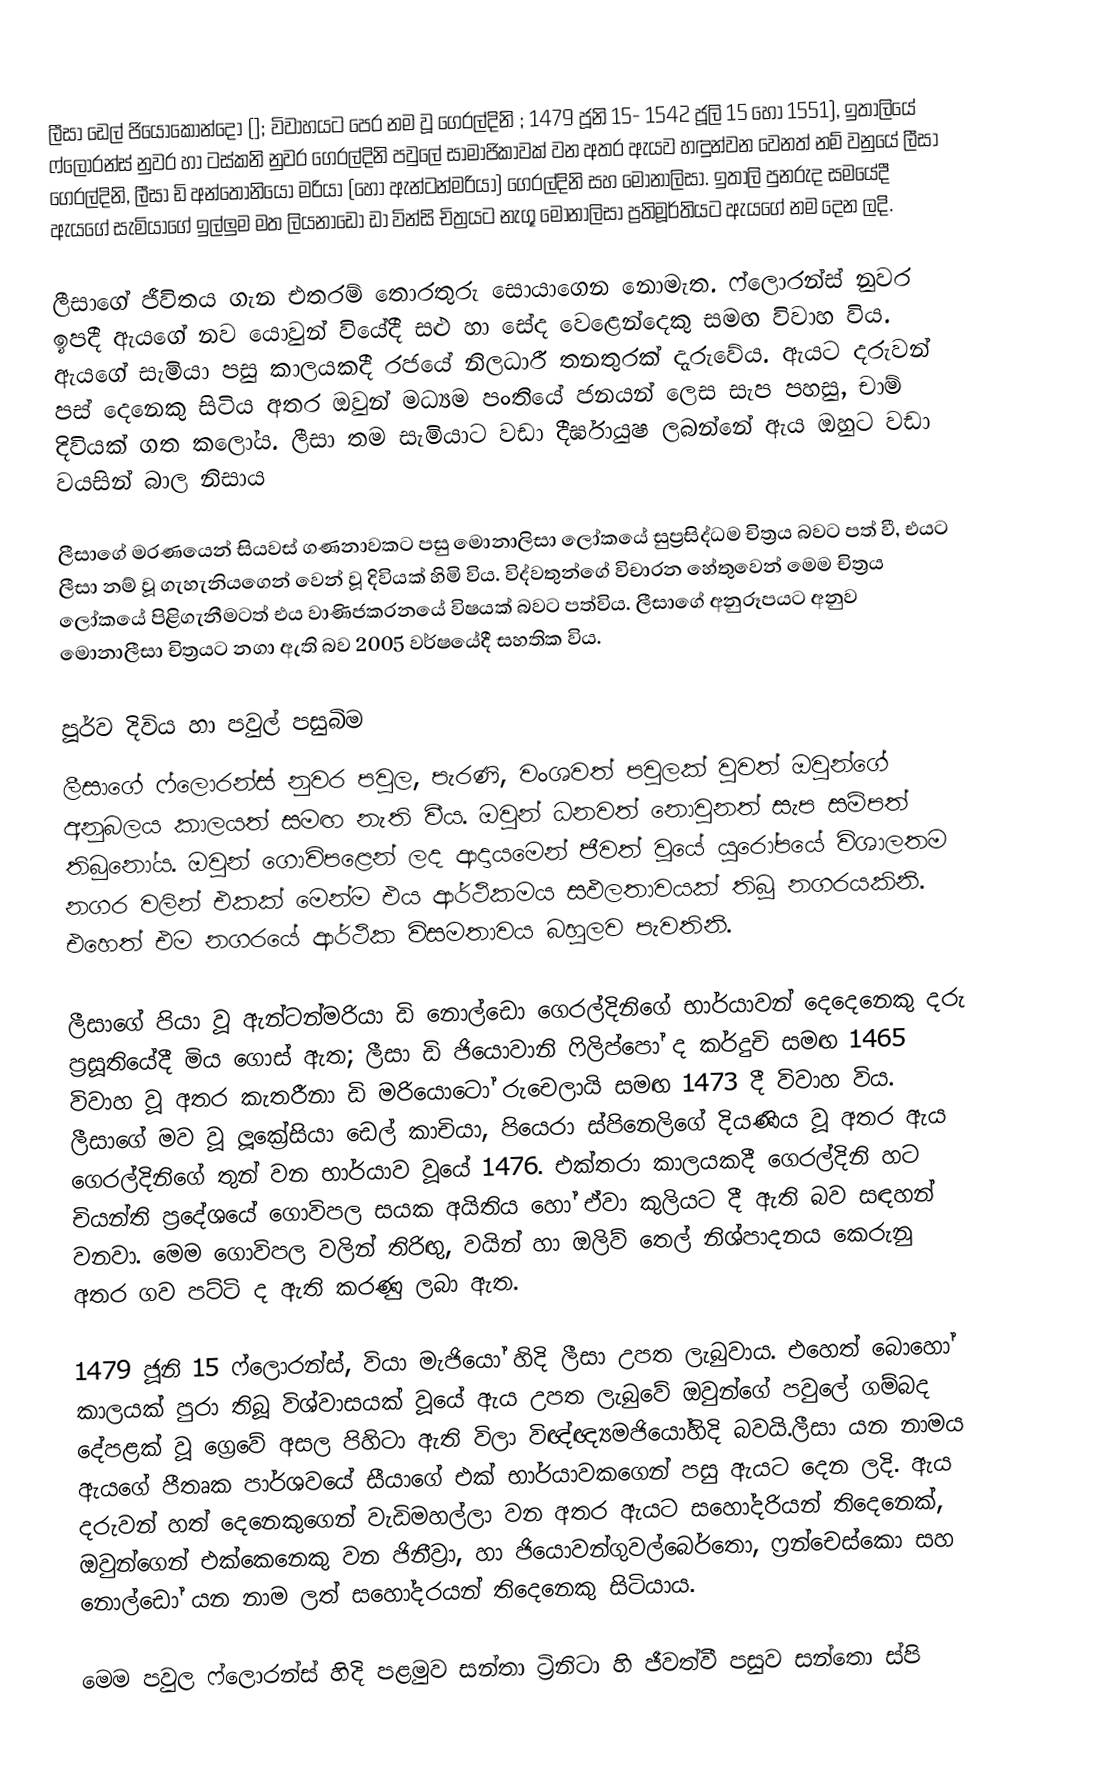
ලීසා ඩෙල් ජියොකොන්දෝ (]; විවාහයට පෙර නම වූ ගෙරල්දිනි ; 1479 ජූනි 15- 1542 ජූලි 15 හෝ 1551), ඉතාලියේ ෆ්ලොරන්ස් නුවර හා ටස්කනි නුවර ගෙරල්දිනි පවුලේ සාමාජිකාවක් වන අතර ඇයව හඳුන්වන වෙනත් නම් වනුයේ ලීසා ගෙරල්දිනි, ලීසා ඩි අන්තෝනියෝ මරියා (හෝ ඇන්ටන්මරියා) ගෙරල්දිනි සහ මොනාලිසා. ඉතාලි පුනරුද සමයේදී ඇයගේ සැමියාගේ ඉල්ලුම මත ලියනාඩෝ ඩා වින්සි චිත්‍රයට නැගූ මොනාලිසා ප්‍රතිමූර්තියට ඇයගේ නම දෙන ලදි.

ලීසාගේ ජීවිතය ගැන එතරම් තොරතුරු සොයාගෙන නොමැත. ෆ්ලොරන්ස් නුවර ඉපදී ඇයගේ නව යොවුන් වියේදී සළු හා සේද වෙළෙන්දෙකු සමඟ විවාහ විය. ඇයගේ සැමියා පසු කාලයකදී රජයේ නිලධාරී තනතුරක් දැරුවේය. ඇයට දරුවන් පස් දෙනෙකු සිටිය අතර ඔවුන් මධ්‍යම පංතියේ ජනයන් ලෙස සැප පහසු, චාම් දිවියක් ගත කලෝය. ලීසා තම සැමියාට වඩා දීර්ඝායුෂ ලබන්නේ ඇය ඔහුට වඩා වයසින් බාල නිසාය

ලීසාගේ මරණයෙන් සියවස් ගණනාවකට පසු මොනාලිසා ලෝකයේ සුප්‍රසිද්ධම චිත්‍රය බවට පත් වී, එයට ලීසා නම් වූ ගැහැනියගෙන් වෙන් වූ දිවියක් හිමි විය. විද්වතුන්ගේ විචාරන හේතුවෙන් මෙම චිත්‍රය ලෝකයේ පිළිගැනීමටත් එය වාණිජකරනයේ විෂයක් බවට පත්විය. ලීසාගේ අනුරූපයට අනුව මොනාලීසා චිත්‍රයට නගා ඇති බව 2005 වර්ෂයේදී සහතික විය.

පූර්ව දිවිය හා පවුල් පසුබිම
ලීසාගේ ෆ්ලොරන්ස් නුවර පවුල, පැරණි, වංශවත් පවුලක් වුවත් ඔවුන්ගේ අනුබලය කාලයත් සමඟ නැති වීය. ඔවුන් ධනවත් නොවුනත් සැප සම්පත් තිබුනෝය. ඔවුන් ගොවිපළෙන් ලද ආදායමෙන් ජීවත් වූයේ යුරෝපයේ විශාලතම නගර වලින් එකක් මෙන්ම එය ආර්ථිකමය සඵලතාවයක් තිබූ නගරයකිනි. එහෙත් එම නගරයේ ආර්ථික විසමතාවය බහුලව පැවතිනි.

ලීසාගේ පියා වූ ඇන්ටන්මරියා ඩි නොල්ඩො ගෙරල්දිනිගේ භාර්යාවන් දෙදෙනෙකු දරු ප්‍රසූතියේදී මිය ගොස් ඇත; ලීසා ඩි ජියොවානි ෆිලිප්පෝ ද කර්දුචි සමඟ 1465 විවාහ වූ අතර කැතරීනා ඩි මරියොටෝ රුචෙලායි සමඟ 1473 දී විවාහ විය. ලීසාගේ මව වූ ලූක්‍රේසියා ඩෙල් කාචියා, පියෙරා ස්පිනෙලිගේ දියණිය වූ අතර ඇය ගෙරල්දිනිගේ තුන් වන භාර්යාව වූයේ 1476. එක්තරා කාලයකදී ගෙරල්දිනි හට චියන්ති ප්‍රදේශයේ ගොවිපල සයක අයිතිය හෝ ඒවා කුලියට දී ඇති බව සඳහන් වනවා. මෙම ගොවිපල වලින් තිරිඟු, වයින් හා ඔලිව් තෙල් නිශ්පාදනය කෙරුනු අතර ගව පට්ටි ද ඇති කරණු ලබා ඇත.

1479 ජූනි 15 ෆ්ලොරන්ස්, වියා මැජියෝ හිදි ලීසා උපත ලැබුවාය. එහෙත් බොහෝ කාලයක් පුරා තිබූ විශ්වාසයක් වූයේ ඇය උපත ලැබුවේ ඔවුන්ගේ පවුලේ ගම්බද දේපළක් වූ ග්‍රෙවේ අසල පිහිටා ඇති විලා විඥ්ඥ්‍යමජියෝහිදි බවයි.ලීසා යන නාමය ඇයගේ පීතෘක පාර්ශවයේ සීයාගේ එක් භාර්යාවකගෙන් පසු ඇයට දෙන ලදි. ඇය දරුවන් හත් දෙනෙකුගෙන් වැඩිමහල්ලා වන අතර ඇයට සහෝදරියන් තිදෙනෙක්, ඔවුන්ගෙන් එක්කෙනෙකු වන ජිනීව්‍රා, හා ජියොවන්ගුවල්බෙර්තො, ෆ්‍රන්චෙස්කො සහ නොල්ඩෝ යන නාම ලත් සහෝදරයන් තිදෙනෙකු සිටියාය.

මෙම පවුල ෆ්ලොරන්ස් හිදි පළමුව සන්තා ට්‍රිනිටා හි ජීවත්වී පසුව සන්තො ස්පි